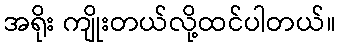
အရိုး ကျိုးတယ်လို့ထင်ပါတယ်။